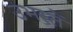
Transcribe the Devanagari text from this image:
उभरतें